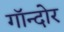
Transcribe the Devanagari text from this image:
गॉन्दोर